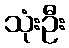
သုံးဦး